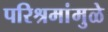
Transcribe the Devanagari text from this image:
परिश्रमांमुळे